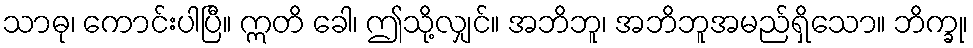
သာဓု၊ ကောင်းပါပြီ။ ဣတိ ခေါ၊ ဤသို့လျှင်။ အဘိဘူ၊ အဘိဘူအမည်ရှိသော။ ဘိက္ခု၊